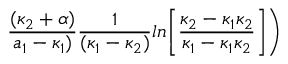
{ \frac { ( \kappa _ { 2 } + \alpha ) } { a _ { 1 } - \kappa _ { 1 } ) } } { \frac { 1 } { ( \kappa _ { 1 } - \kappa _ { 2 } ) } } l n \biggl [ { \frac { \kappa _ { 2 } - \kappa _ { 1 } \kappa _ { 2 } } { \kappa _ { 1 } - \kappa _ { 1 } \kappa _ { 2 } } } \biggr ] \biggr )